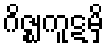
ဂိဇ္ဈကူဋမှိ